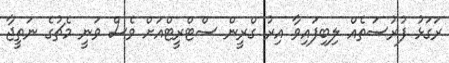
ރަގަޅު ފުރުސަތެއް ލިބިފައިވާ އިރު ގްރީން ސްޓްރީޓްއަށް ވެސް ވަނީ މެޗުގެ ނަތީޖާ